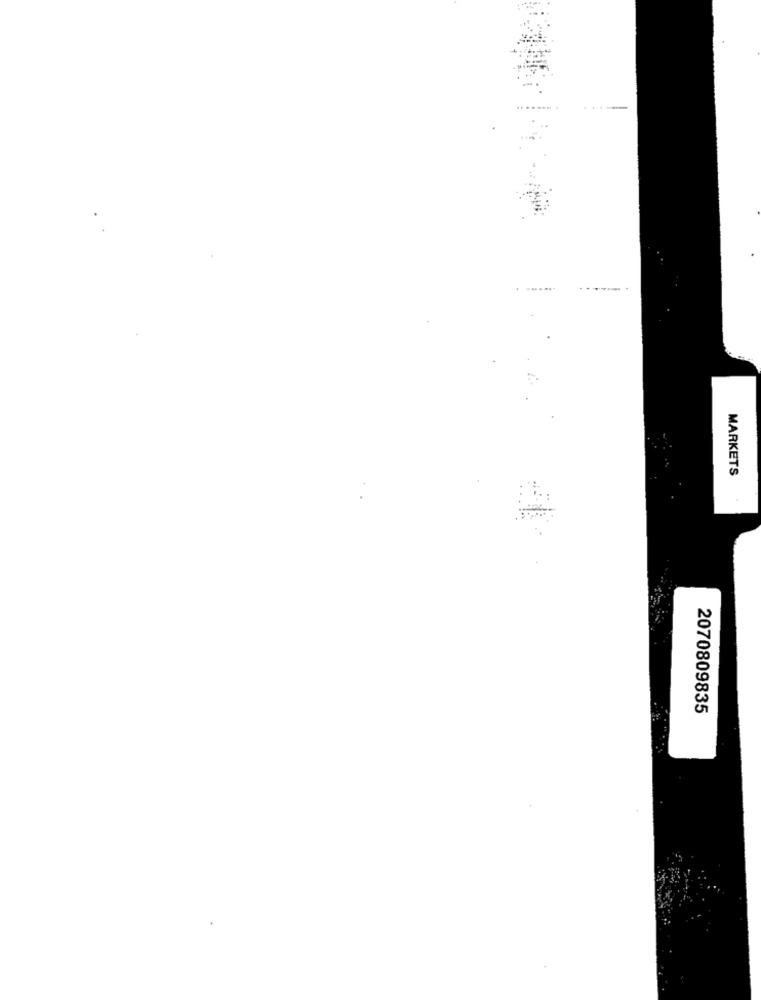
MARKETS
2070809835